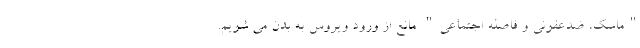
"ماسک، ضدعفونی و فاصله اجتماعی" مانع از ورود ویروس به بدن می شویم.